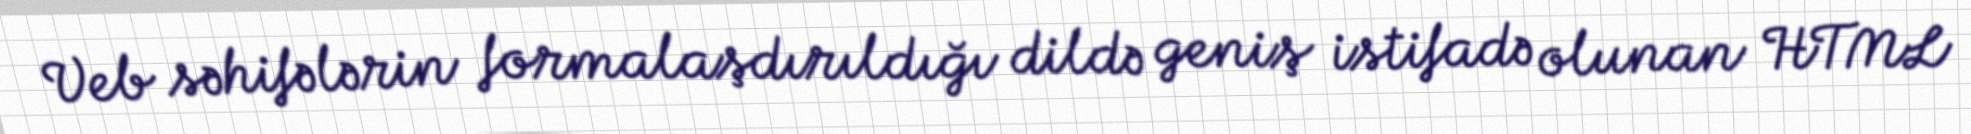
Veb səhifələrin formalaşdırıldığı dildə geniş istifadə olunan HTML